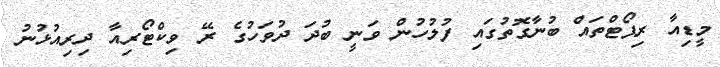
މީޑިއާ ރިޕޯޓްތައް ބުނާގޮތުގައި ފުލުހުން ވަނީ ބުދަ ދުވަހުގެ ރޭ ވިކްޓޯރިއާ ދިރިއުޅުނު